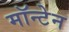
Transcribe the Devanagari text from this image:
मॉन्टेन